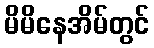
မိမိနေအိမ်တွင်